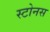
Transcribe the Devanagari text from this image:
स्टोनस